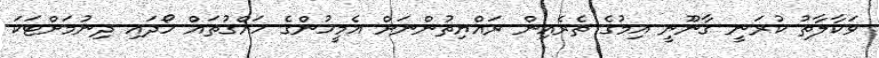
ވަކާލާތު ކުރަނީ ގާނޫނީ އިމުގެ ތެރެއިން ރައްޔިތުންނަށް އެމީހުންގެ ހައްގުތައް ހޯދައި ދިނުމަށްޓަކަ